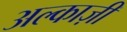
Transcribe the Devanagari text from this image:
अल्काज़ी